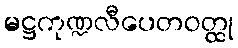
မဋ္ဌကုဏ္ဍလီပေတဝတ္ထု